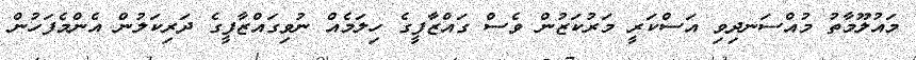
މައުލޫމާތު މުއްސަނދިވި އަސްކަރީ މަރުކަޒުން ވެސް ގައްޒާފީގެ ހިލަމެއް ނުވިގައްޒާފީގެ ދަރިކަލުން އެންމެފަހުން